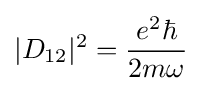
|D_{12}|^{2}={\frac {e^{2}\hbar }{2m\omega }}